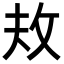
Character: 𪯈